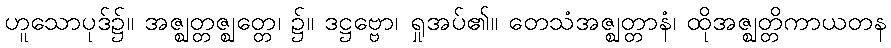
ဟူသောပုဒ်၌။ အဇ္ဈတ္တဇ္ဈတ္တေ၊ ၌။ ဒဋ္ဌဗ္ဗော၊ ရှုအပ်၏။ တေသံအဇ္ဈတ္တာနံ၊ ထိုအဇ္ဈတ္တိကာယတန